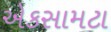
એકસામટા